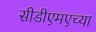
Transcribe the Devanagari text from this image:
सीडीएमएच्या